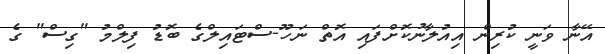
އޭނާ ވަނީ ކުރިން އިއުލާނުކޮށްފައި އޮތް ނަހޫ-ސްޓައިލްގެ ބޮޑު ފިލްމު "ގިސް" ގެ